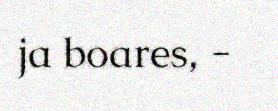
ja boares, -